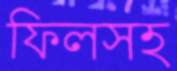
ফিলসহ